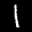
Label: 1